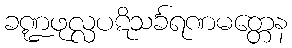
ခဏ္ဍဖုလ္လပဋိသင်္ခရဏမတ္တေန